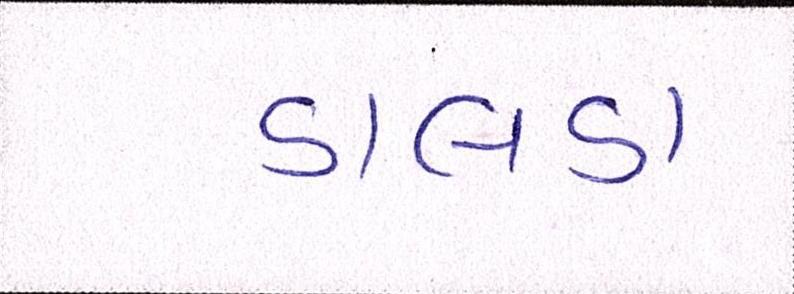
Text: ડાલડા